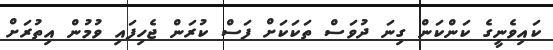
ކައިވެނީގެ ކަންކަން ގިނަ ދުވަސް ތަކަކަށް ފަސް ކުރަން ޖެހިފައި ވުމުން އިތުރަށް